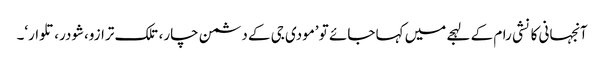
آنجہانی کانشی رام کے لہجے میں کہا جائے تو ’مودی جی کے دشمن چار، تلک ترازو،شودر، تلوار‘۔